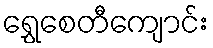
ရွှေစေတီကျောင်း